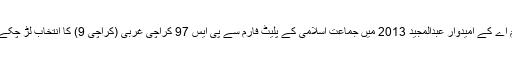
ایم ایم اے کے امیدوار عبدالمجید 2013 میں جماعتِ اسلامی کے پلیٹ فارم سے پی ایس 97 کراچی غربی (کراچی 9) کا انتخاب لڑ چکے ہیں۔